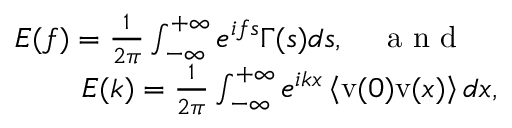
\begin{array} { r } { E ( f ) = \frac { 1 } { 2 \pi } \int _ { - \infty } ^ { + \infty } e ^ { i f s } \Gamma ( s ) d s , \quad \mathrm { ~ a ~ n ~ d ~ } \quad } \\ { E ( k ) = \frac { 1 } { 2 \pi } \int _ { - \infty } ^ { + \infty } e ^ { i k x } \left< \mathrm { v } ( 0 ) \mathrm { v } ( x ) \right> d x , } \end{array}